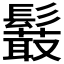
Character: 𩯍